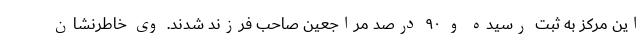
این مرکز به ثبت رسیده و ۹۰ درصد مراجعین صاحب فرزند شدند. وی خاطرنشان